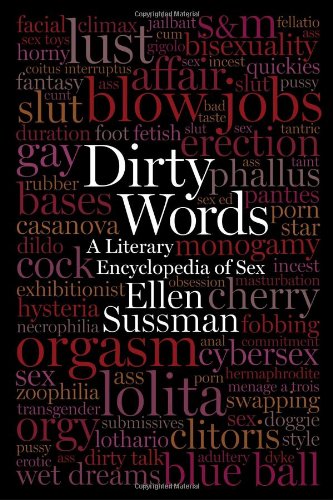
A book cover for Dirty Words: A Literary Encyclopedia of Sex; Ellen Sussman; Reference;